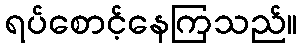
ရပ်စောင့်နေကြသည်။